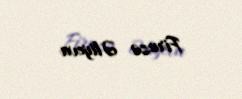
Firuzə Əliyeva